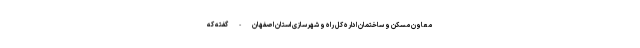
معاون مسکن و ساختمان اداره کل راه و شهرسازی استان اصفهان - گفته که